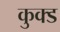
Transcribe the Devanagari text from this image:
कुक्ड